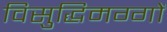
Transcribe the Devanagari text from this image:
विसुद्धिमग्गों